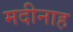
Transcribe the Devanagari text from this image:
मदीनाह